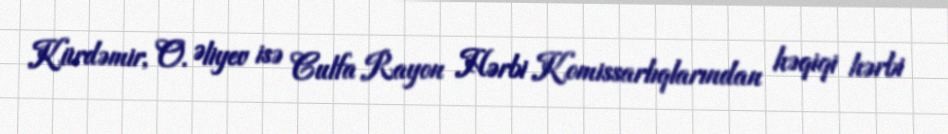
Kürdəmir, O. Əliyev isə Culfa Rayon Hərbi Komissarlıqlarından həqiqi hərbi